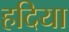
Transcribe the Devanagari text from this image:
हदिया